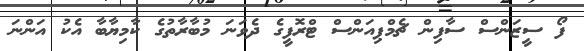
ފޯ ސީޒަންސް ސާފިން ޗެމްޕިއަންސް ޓްރޮފީގެ ދެވަނަ މުބާރާތުގެ ކާމިޔާބާ އެކު އަންނަ